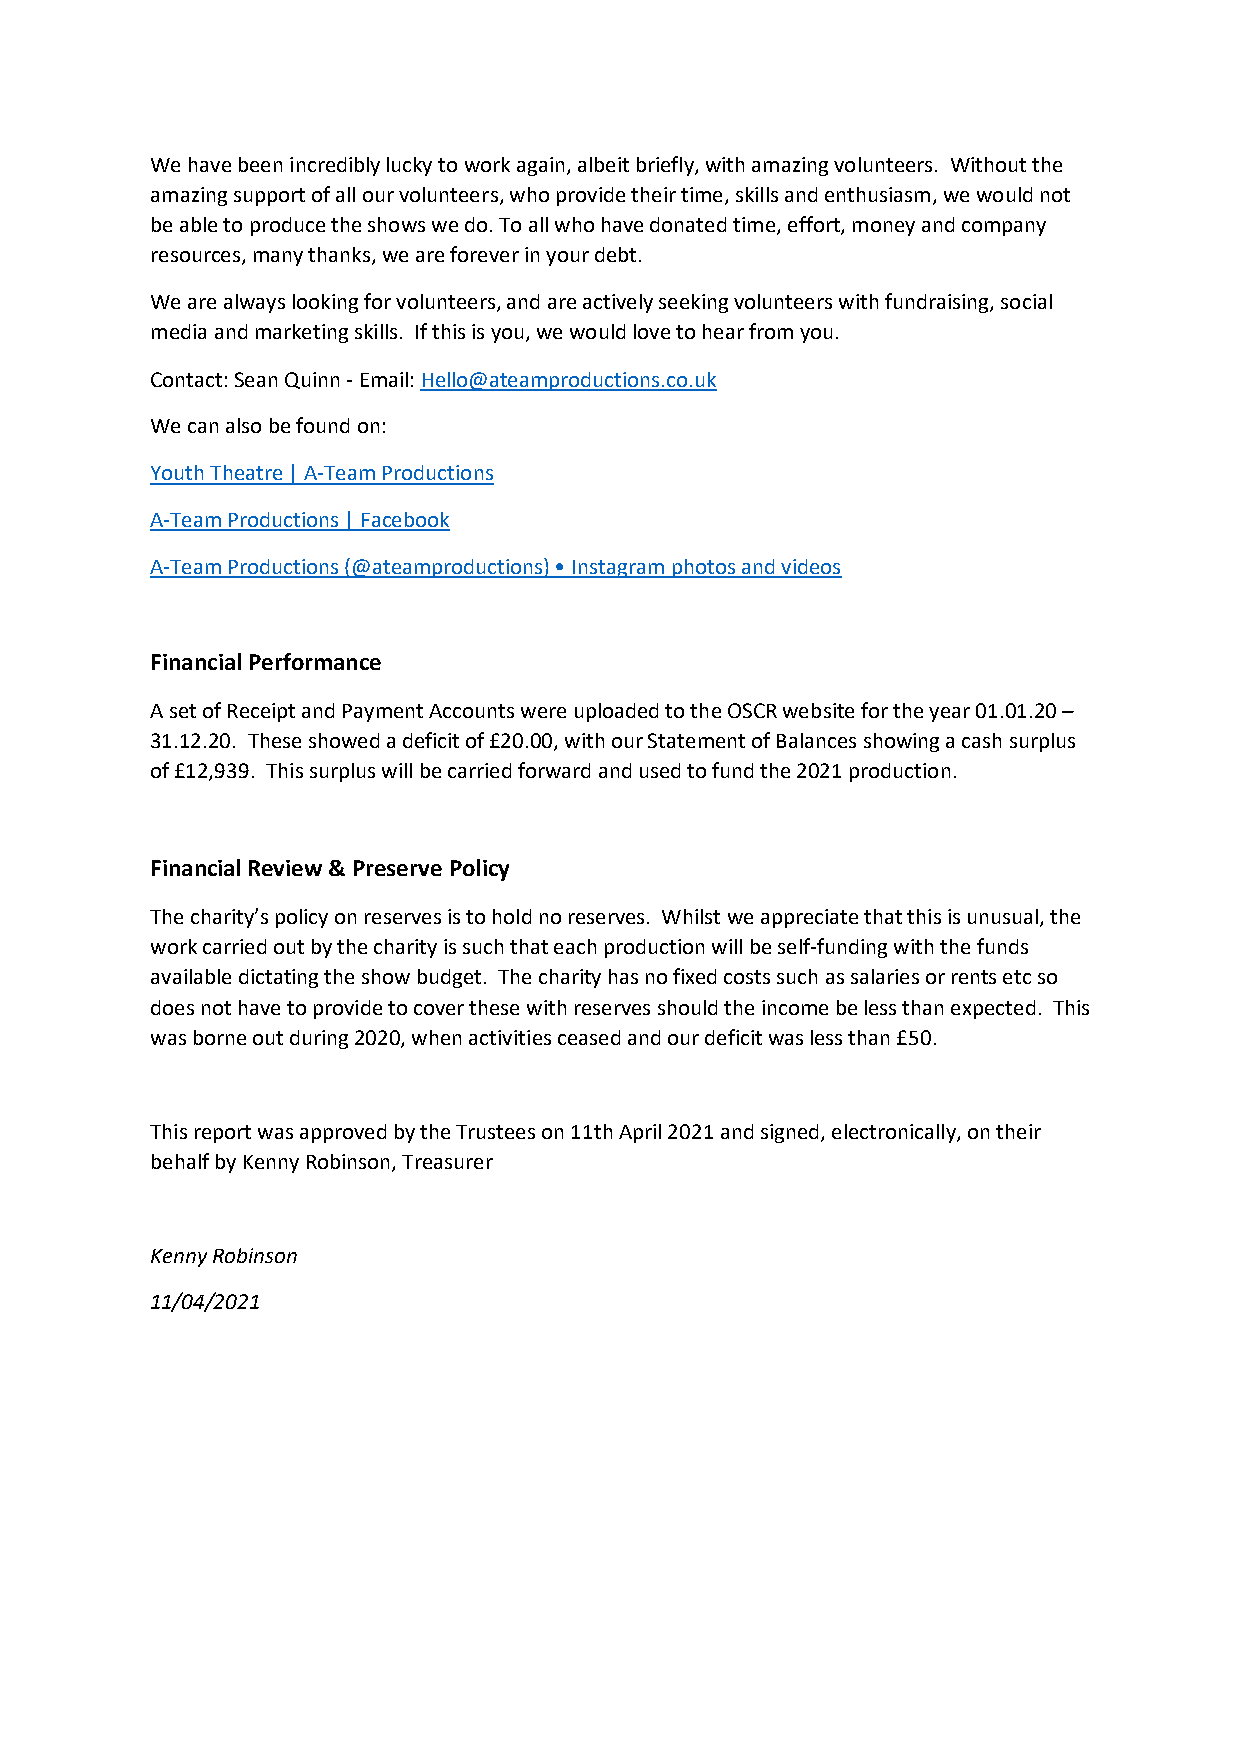
We have been incredibly lucky to work again, albeit briefly, with amazing volunteers. Without the
 amazing support of all our volunteers, who provide their time, skills and enthusiasm, we would not
 be able to produce the shows we do. To all who have donated time, effort, money and company
 resources, many thanks, we are forever in your debt.
 We are always looking for volunteers, and are actively seeking volunteers with fundraising, social
 media and marketing skills. If this is you, we would love to hear from you.
 Contact: Sean Quinn - Email: Hello@ateamproductions.co.uk
 We can also be found on:
 Youth Theatre | A-Team Productions
 A-Team Productions | Facebook
 A-Team Productions (@ateamproductions) • Instagram photos and videos
 Financial Performance
 A set of Receipt and Payment Accounts were uploaded to the OSCR website for the year 01.01.20 –
 31.12.20. These showed a deficit of £20.00, with our Statement of Balances showing a cash surplus
 of £12,939. This surplus will be carried forward and used to fund the 2021 production.
 Financial Review & Preserve Policy
 The charity’s policy on reserves is to hold no reserves. Whilst we appreciate that this is unusual, the
 work carried out by the charity is such that each production will be self-funding with the funds
 available dictating the show budget. The charity has no fixed costs such as salaries or rents etc so
 does not have to provide to cover these with reserves should the income be less than expected. This
 was borne out during 2020, when activities ceased and our deficit was less than £50.
 This report was approved by the Trustees on 11th April 2021 and signed, electronically, on their
 behalf by Kenny Robinson, Treasurer
 Kenny Robinson
 11/04/2021